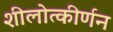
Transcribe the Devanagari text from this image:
शीलोत्कीर्णन